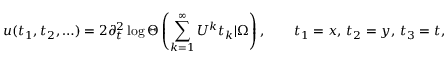
u ( t _ { 1 } , t _ { 2 } , \ldots ) = 2 \partial _ { t } ^ { 2 } \log \Theta \left( \sum _ { k = 1 } ^ { \infty } U ^ { k } t _ { k } | \Omega \right) , \qquad t _ { 1 } = x , \, t _ { 2 } = y , \, t _ { 3 } = t ,